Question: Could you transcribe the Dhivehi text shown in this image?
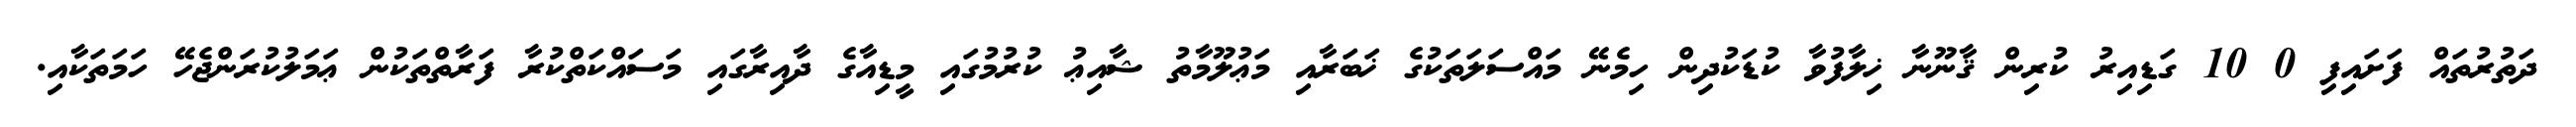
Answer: ދަތުރުތައް ފަށައިފި 0 10 ގަޑިއިރު ކުރިން ޤާނޫނާ ޚިލާފުވާ ކުޑަކުދިން ހިމެނޭ މައްސަލަތަކުގެ ޚަބަރާއި މަޢުލޫމާތު ޝާއިޢު ކުރުމުގައި މީޑިއާގެ ދާއިރާގައި މަސައްކަތްކުރާ ފަރާތްތަކުން ޢަމަލުކުރަންޖެހޭ ހަމަތަކާއި.